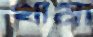
খামা